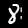
Label: 8